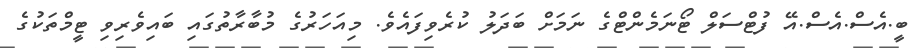
ބީ.އެސް.އެސް.އޭ ފުޓްސަލް ޓޯނަމެންޓްގެ ނަމަށް ބަދަލު ކުރެވިފައެވެ. މިއަހަރުގެ މުބާރާތުގައި ބައިވެރިވި ޓީމްތަކުގެ